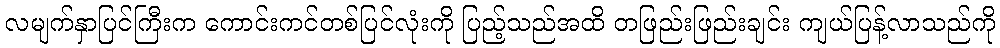
လမျက်နှာပြင်ကြီးက ကောင်းကင်တစ်ပြင်လုံးကို ပြည့်သည်အထိ တဖြည်းဖြည်းချင်း ကျယ်ပြန့်လာသည်ကို